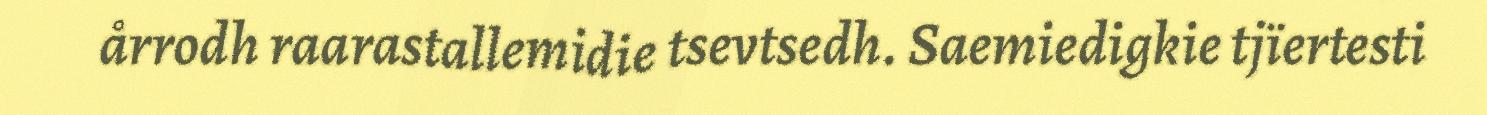
årrodh raarastallemidie tsevtsedh. Saemiedigkie tjïertesti